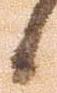
候